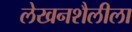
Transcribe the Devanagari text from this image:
लेखनशैलीला